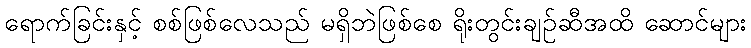
ရောက်ခြင်းနှင့် စစ်ဖြစ်လေသည် မရှိဘဲဖြစ်စေ ရိုးတွင်းချဉ်ဆီအထိ ဆောင်များ